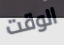
الوقت